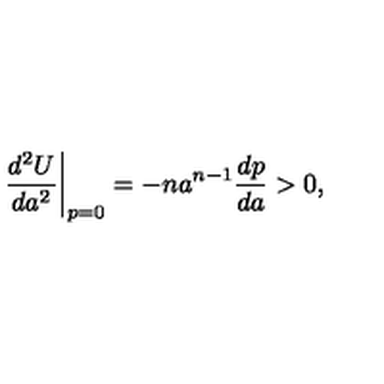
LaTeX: \biggl . \frac { d ^ { 2 } U } { d a ^ { 2 } } \biggr | _ { p = 0 } = - n a ^ { n - 1 } \frac { d p } { d a } > 0 ,